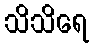
သိသိရေ